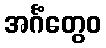
အင်္ဂံတွေဝ